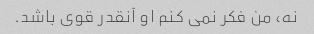
نه، من فکر نمی کنم او آنقدر قوی باشد.